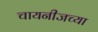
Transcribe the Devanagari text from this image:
चायनीजच्या